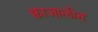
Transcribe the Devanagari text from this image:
क्वाजालीन